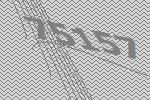
75157